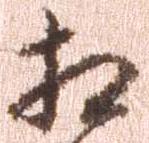
相